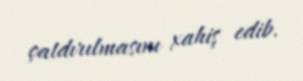
çatdırılmasını xahiş edib.